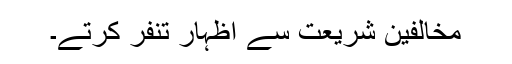
مخالفین شریعت سے اظہار تنفر کرتے۔